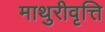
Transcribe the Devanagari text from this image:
माथुरीवृत्ति